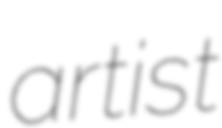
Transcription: artist